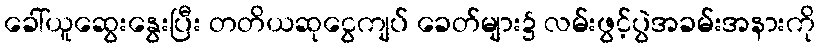
ခေါ်ယူဆွေးနွေးပြီး တတိယဆုငွေကျပ် ခေတ်များ၌ လမ်းဖွင့်ပွဲအခမ်းအနားကို